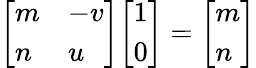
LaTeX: {\left[\begin{array}{ll}{m}&{-v}\\ {n}&{u}\end{array}\right]}{\left[\begin{array}{l}{1}\\ {0}\end{array}\right]}={\left[\begin{array}{l}{m}\\ {n}\end{array}\right]}